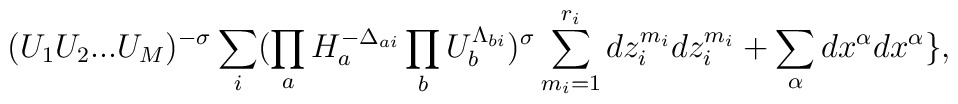
(U_{1}U_{2}...U_{M})^{-\sigma}\sum _{i}(\prod_{a}H_{a}^{-\Delta _{ai}} \prod _{b}U_{b}^{\Lambda _{bi}})^{\sigma}\sum_{m_{i}=1}^{r_{i}}dz_{i}^{m_{i}}dz_{i}^{m_{i}}+\sum _{\alpha}dx^{\alpha}dx^{\alpha}\},